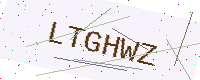
Text: LTGHWZ